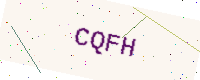
Text: CQFH